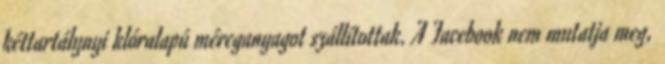
kéttartálynyi klóralapú méreganyagot szállítottak. A Facebook nem mutatja meg,